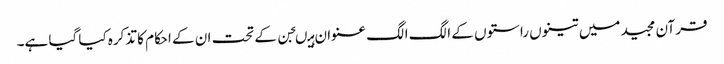
قرآن مجید میں تینوں راستوں کے الگ الگ عنوان ہیںجن کے تحت ان کے احکام کا تذکرہ کیا گیا ہے۔